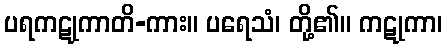
ပရကဋုကာတိ-ကား။ ပရေသံ၊ တို့၏။ ကဋုကာ၊